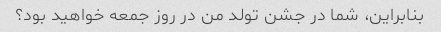
بنابراین، شما در جشن تولد من در روز جمعه خواهید بود؟